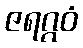
ဇရဂ္ဂဝံ